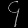
Digit: ၄